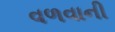
વળવાની